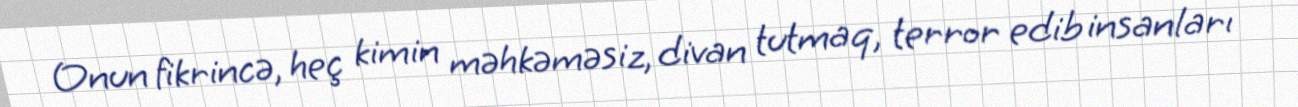
Onun fikrincə, heç kimin məhkəməsiz, divan tutmaq, terror edib insanları